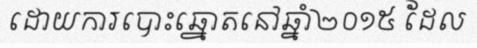
ដោយការបោះឆ្នោតនៅឆ្នាំ២០១៥ ដែល